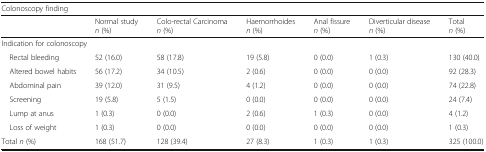
<table><thead><tr><td colspan="7"><b>Colonoscopy finding</b></td></tr><tr><td></td><td><b>Normal study <i>n</i> (%)</b></td><td><b>Colo-rectal Carcinoma <i>n</i> (%)</b></td><td><b>Haemorrhoides <i>n</i> (%)</b></td><td><b>Anal fissure <i>n</i> (%)</b></td><td><b>Diverticular disease <i>n</i> (%)</b></td><td><b>Total <i>n</i> (%)</b></td></tr></thead><tbody><tr><td colspan="7">Indication for colonoscopy</td></tr><tr><td> Rectal bleeding</td><td>52 (16.0)</td><td>58 (17.8)</td><td>19 (5.8)</td><td>0 (0.0)</td><td>1 (0.3)</td><td>130 (40.0)</td></tr><tr><td> Altered bowel habits</td><td>56 (17.2)</td><td>34 (10.5)</td><td>2 (0.6)</td><td>0 (0.0)</td><td>0 (0.0)</td><td>92 (28.3)</td></tr><tr><td> Abdominal pain</td><td>39 (12.0)</td><td>31 (9.5)</td><td>4 (1.2)</td><td>0 (0.0)</td><td>0 (0.0)</td><td>74 (22.8)</td></tr><tr><td> Screening</td><td>19 (5.8)</td><td>5 (1.5)</td><td>0 (0.0)</td><td>0 (0.0)</td><td>0 (0.0)</td><td>24 (7.4)</td></tr><tr><td> Lump at anus</td><td>1 (0.3)</td><td>0 (0.0)</td><td>2 (0.6)</td><td>1 (0.3)</td><td>0 (0.0)</td><td>4 (1.2)</td></tr><tr><td> Loss of weight</td><td>1 (0.3)</td><td>0 (0.0)</td><td>0 (0.0)</td><td>0 (0.0)</td><td>0 (0.0)</td><td>1 (0.3)</td></tr><tr><td>Total <i>n</i> (%)</td><td>168 (51.7)</td><td>128 (39.4)</td><td>27 (8.3)</td><td>1 (0.3)</td><td>1 (0.3)</td><td>325 (100.0)</td></tr></tbody></table>